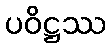
ပဝိဋ္ဌဿ